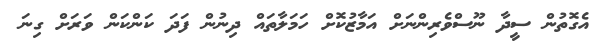
އެގޮތުން ސީދާ ނޫސްވެރިންނަށް އަމާޒުކޮށް ހަމަލާތައް ދިނުން ފަދަ ކަންކަން ވަރަށް ގިނަ